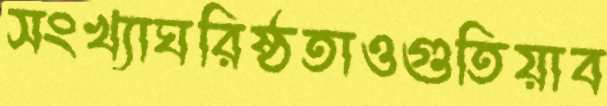
সংখ্যাঘরিষ্ঠতাওগুতিয়াব